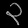
Digit: ၃